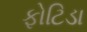
ફોટિડા